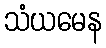
သံယမေန